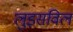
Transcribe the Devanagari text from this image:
लुइसविल